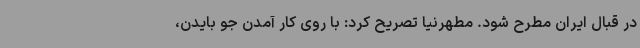
در قبال ایران مطرح شود. مطهرنیا تصریح کرد: با روی کار آمدن جو بایدن،